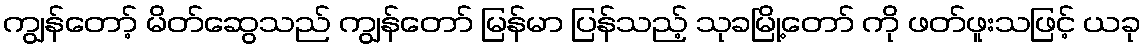
ကျွန်တော့် မိတ်ဆွေသည် ကျွန်တော် မြန်မာ ပြန်သည့် သုခမြို့တော် ကို ဖတ်ဖူးသဖြင့် ယခု